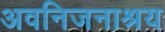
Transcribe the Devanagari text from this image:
अवनिजनाश्रय